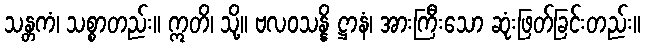
သန္တကံ၊ သစ္စာတည်း။ ဣတိ၊ သို့။ ဗလဝသန္နိ ဋ္ဌာနံ၊ အားကြီးသော ဆုံးဖြတ်ခြင်းတည်း။